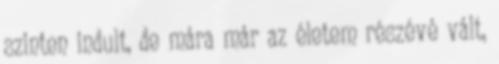
szinten indult, de mára már az életem részévé vált,